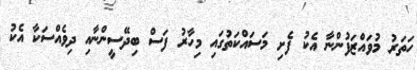
ހަތަރު މުވައްޒަފުންނާ އެކު ފެށި މަސައްކަތުގައި މިހާރު ފަސް ބިދޭސީންނާއި ދިވެއްސަކާ އެކު